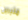
مثيرين